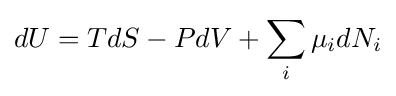
dU=TdS-PdV+\sum _{i}\mu _{i}dN_{i}